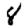
Digit: 8